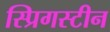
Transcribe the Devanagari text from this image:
स्प्रिगस्टीन